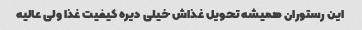
این رستوران همیشه تحویل غذاش خیلی دیره کیفیت غذا ولی عالیه